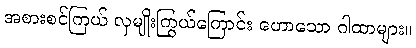
အစားစင်ကြယ် လှမျိုးကြွယ်ကြောင်း ဟောသော ဂါထာများ။